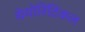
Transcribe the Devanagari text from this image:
थेयोरिटिकल